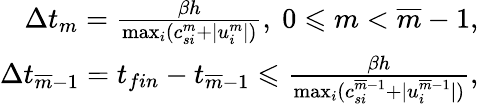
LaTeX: \begin{array}{r}{\Delta t_{m}=\frac{\beta h}{\operatorname*{max}_{i}(c_{si}^{m}+|u_{i}^{m}|)},\ 0\leqslant m<\overline{{m}}-1,}\\ {\Delta t_{\overline{{m}}-1}=t_{fin}-t_{\overline{{m}}-1}\leqslant\frac{\beta h}{\operatorname*{max}_{i}(c_{si}^{\overline{{m}}-1}+|u_{i}^{\overline{{m}}-1}|)},}\end{array}